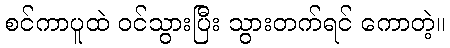
စင်ကာပူထဲ ဝင်သွားပြီး သွားတက်ရင် ကောတဲ့။